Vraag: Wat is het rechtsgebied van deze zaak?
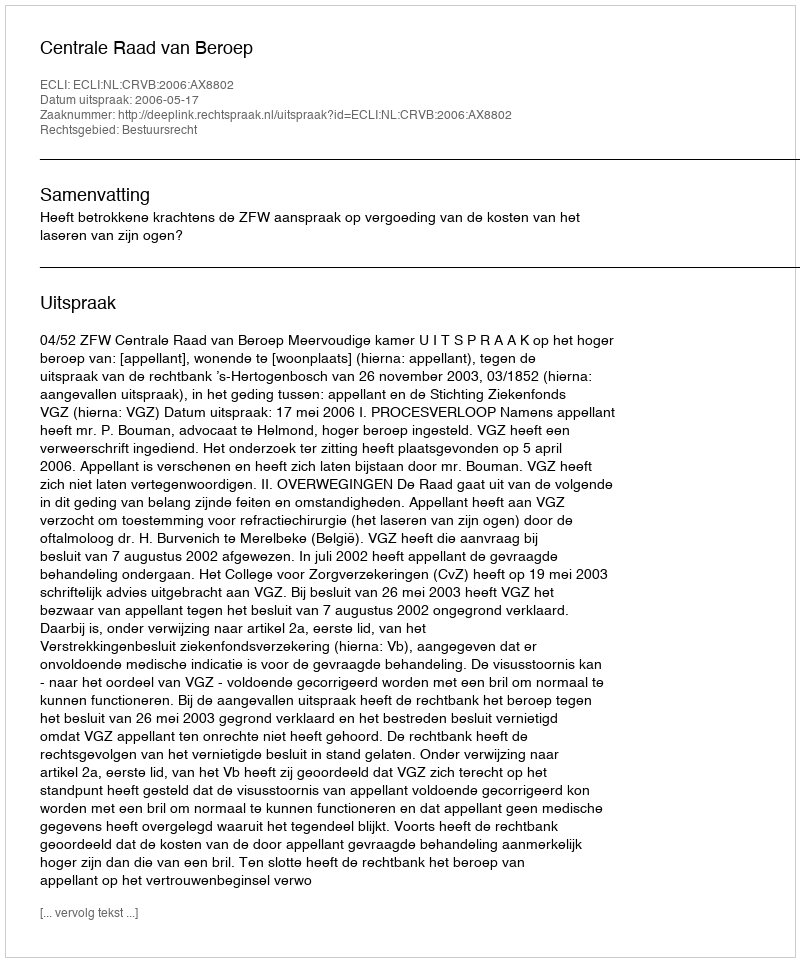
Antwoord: Bestuursrecht